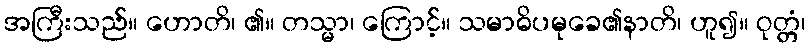
အကြီးသည်။ ဟောတိ၊ ၏။ တသ္မာ၊ ကြောင့်။ သမာဓိပမုခေ၏နာတိ၊ ဟူ၍။ ဝုတ္တံ၊